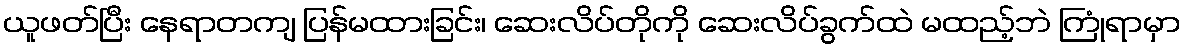
ယူဖတ်ပြီး နေရာတကျ ပြန်မထားခြင်း၊ ဆေးလိပ်တိုကို ဆေးလိပ်ခွက်ထဲ မထည့်ဘဲ ကြုံရာမှာ